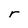
Character: r